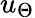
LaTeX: u_{\Theta}